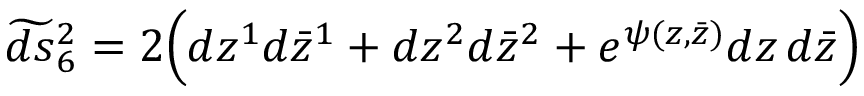
\widetilde { d s } { } _ { 6 } ^ { 2 } = 2 \Bigl ( d z ^ { 1 } d \bar { z } ^ { 1 } + d z ^ { 2 } d \bar { z } ^ { 2 } + e ^ { \psi ( z , \bar { z } ) } d z \, d \bar { z } \Bigr )